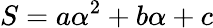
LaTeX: S=a\alpha^{2}+b\alpha+c